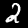
Label: 2